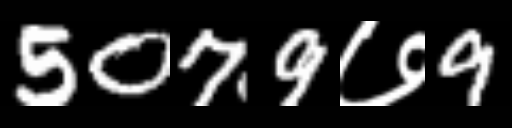
Text: 5079७9